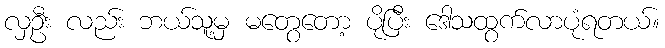
လှဦး လည်း ဘယ်သူ့မှ မတွေတော့ ပိုပြီး ဒေါသထွက်လာပုံရတယ်။